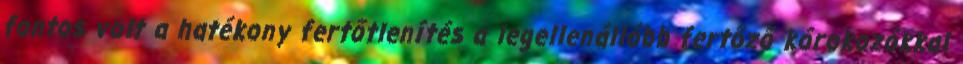
fontos volt a hatékony fertőtlenítés a legellenállóbb fertőző kórokozókkal